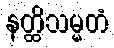
နတ္ထိသမ္မတံ